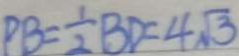
P B = \frac { 1 } { 2 } B D = 4 \sqrt { 3 }